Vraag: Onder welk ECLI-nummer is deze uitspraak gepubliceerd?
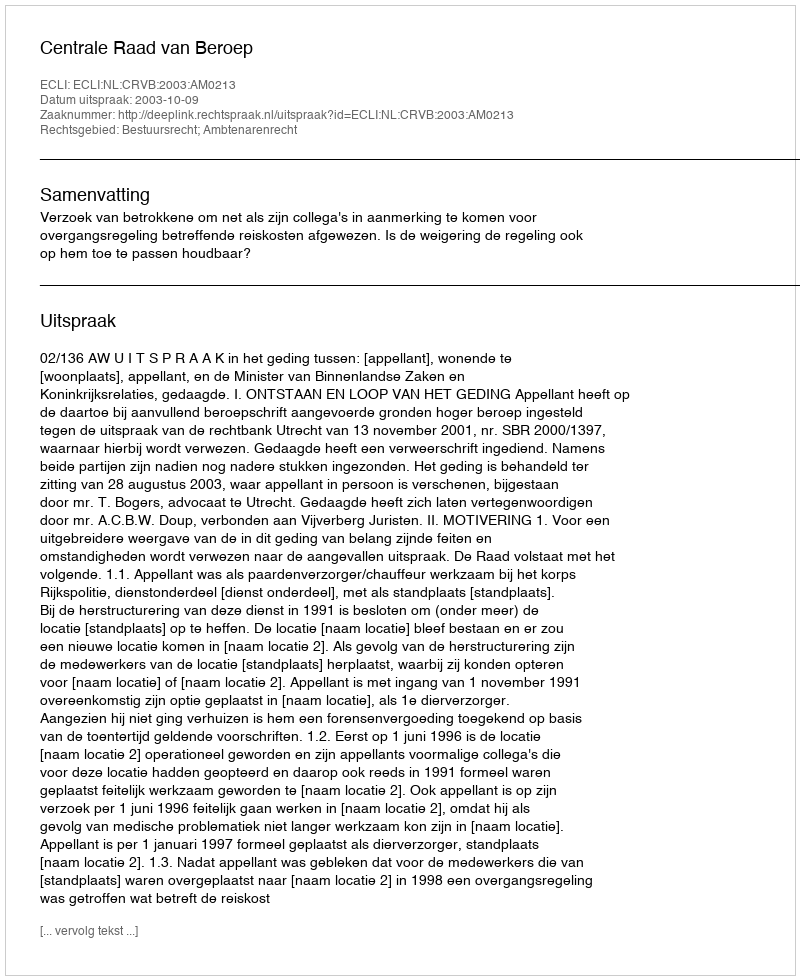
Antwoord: ECLI:NL:CRVB:2003:AM0213